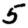
Digit: 5